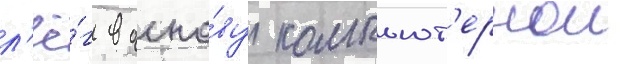
л'ё́г в осно́ву компьют'ернои